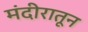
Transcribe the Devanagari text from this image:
मंदीरातून